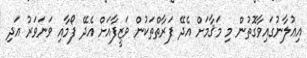
އިޢުލާނުގައިވާގޮތުން މި މަޤާމަށް އެދޭ ފަރާތްތަކުން ވަޒީފާއަށް އެދޭ ފޯމާއި ވަނަވަރު އަދި